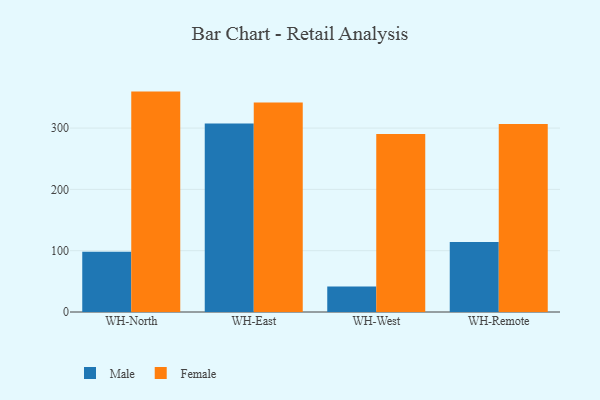
{"axis": {"x": "Warehouse", "y": "Revenue (USD Million)"}, "legend": ["Female", "Male"], "data": [{"x": "WH-North", "y": 98.2, "type": "Male"}, {"x": "WH-North", "y": 359.5, "type": "Female"}, {"x": "WH-East", "y": 307.3, "type": "Male"}, {"x": "WH-East", "y": 341.6, "type": "Female"}, {"x": "WH-West", "y": 41.5, "type": "Male"}, {"x": "WH-West", "y": 290.4, "type": "Female"}, {"x": "WH-Remote", "y": 114.2, "type": "Male"}, {"x": "WH-Remote", "y": 306.8, "type": "Female"}]}